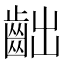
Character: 𪗨